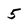
Character: 5